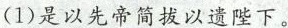
(1)是以先帝简拔以遗陛下。